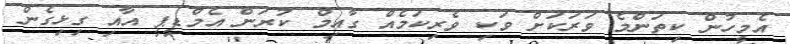
އެމީހުން ކިތަންމެ ވަަރަކަށް ވަކި ވެރިކަމެއް ގާއިމް ކުރަން އެމްޑީޕީ އާއި ގިޅިގެން